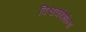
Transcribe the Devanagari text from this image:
विश्वकोशांना